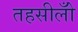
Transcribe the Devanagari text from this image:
तहसीलोँ